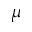
\mu